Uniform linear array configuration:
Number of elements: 32
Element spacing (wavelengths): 0.25
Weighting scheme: uniform
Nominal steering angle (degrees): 30
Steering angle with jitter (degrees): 29.537
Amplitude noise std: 0.05
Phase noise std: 0.05

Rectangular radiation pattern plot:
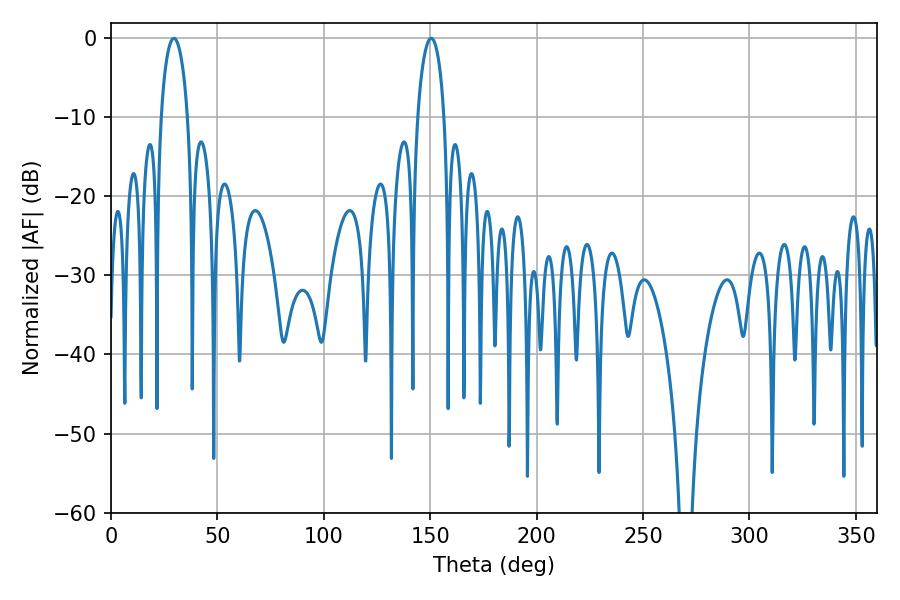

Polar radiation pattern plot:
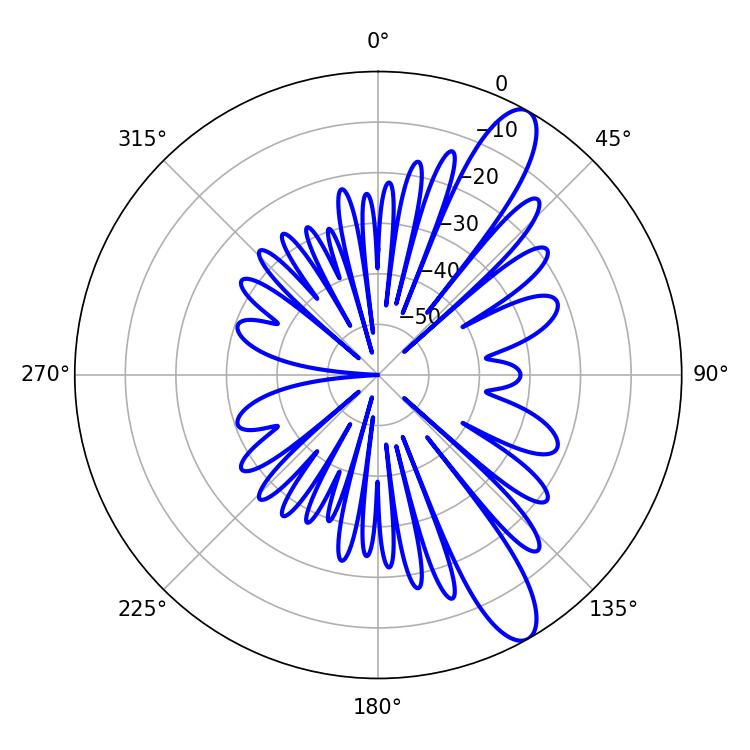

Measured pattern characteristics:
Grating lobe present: FALSE
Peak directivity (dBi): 11.544
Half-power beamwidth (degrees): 7.02
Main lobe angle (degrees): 29.52